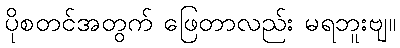
ပိုစတင်အတွက် ဖြေတာလည်း မရဘူးဗျ။